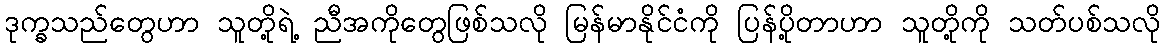
ဒုက္ခသည်တွေဟာ သူတို့ရဲ့ ညီအကိုတွေဖြစ်သလို မြန်မာနိုင်ငံကို ပြန်ပို့တာဟာ သူတို့ကို သတ်ပစ်သလို